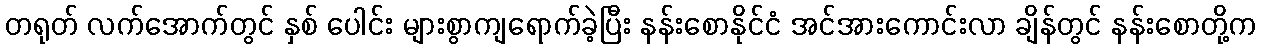
တရုတ် လက်အောက်တွင် နှစ် ပေါင်း များစွာကျရောက်ခဲ့ပြီး နန်းစောနိုင်ငံ အင်အားကောင်းလာ ချိန်တွင် နန်းစောတို့က